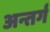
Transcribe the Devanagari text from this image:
अन्तर्ग